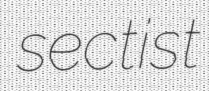
sectist